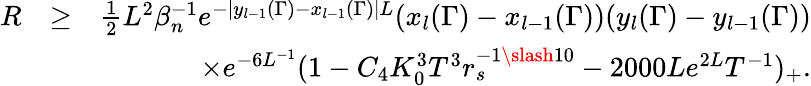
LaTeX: \begin{array}{rlr}{R}&{\geq}&{\frac{1}{2}L^{2}\beta_{n}^{-1}e^{-|y_{l-1}(\Gamma)-x_{l-1}(\Gamma)|L}(x_{l}(\Gamma)-x_{l-1}(\Gamma))(y_{l}(\Gamma)-y_{l-1}(\Gamma))}\\ &{}&{\times e^{-6L^{-1}}(1-C_{4}K_{0}^{3}T^{3}r_{s}^{-1\slash 10}-2000Le^{2L}T^{-1})_{+}.}\end{array}